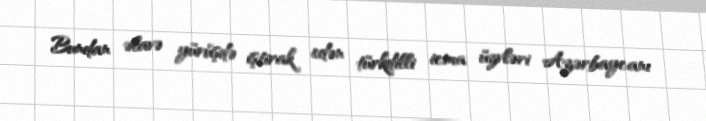
Bundan əlavə yürüşdə iştirak edən türkdilli icma üzvləri Azərbaycanı